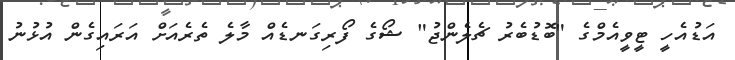
އަޑުއެހީ ޓީވީއެމްގެ "ބޮޑުބެރު ޗެލެންޖު" ޝޯގެ ފޯރިގަނޑެއް މާލެ ތެރެއަށް އަރައިގެން އުޅުނު